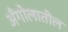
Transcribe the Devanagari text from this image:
अँगोलातील